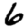
Digit: 6